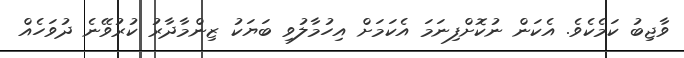
ވާޖިބު ކަމެކެވެ. އެކަން ނުކޮށްފިނަމަ އެކަމަށް އިހުމާލުވި ބަޔަކު ޒިންމާދާރު ކުރުވޭނެ ދުވަހެއް